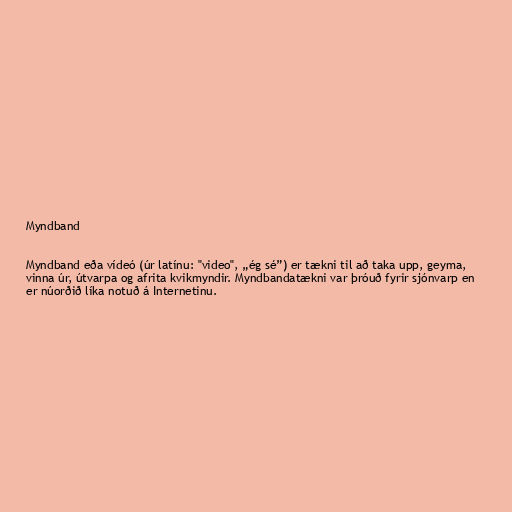
Myndband

Myndband eða vídeó (úr latínu: "video", „ég sé”) er tækni til að taka upp, geyma,
vinna úr, útvarpa og afrita kvikmyndir. Myndbandatækni var þróuð fyrir sjónvarp en
er núorðið líka notuð á Internetinu.